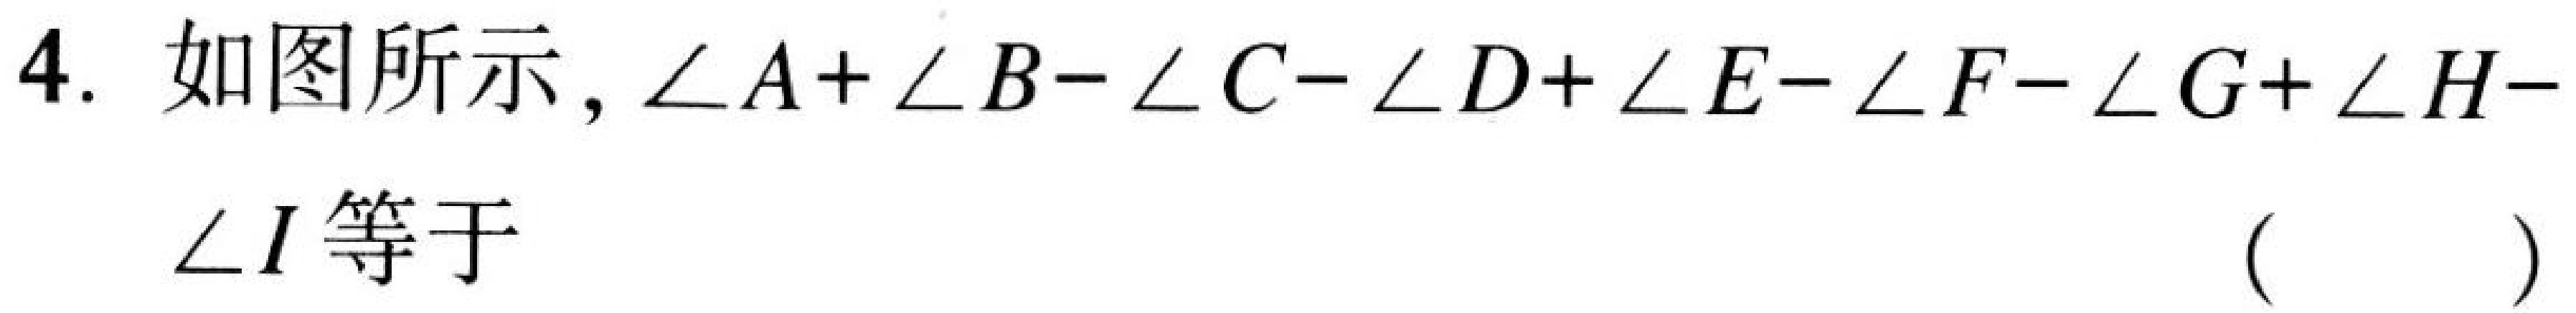
4. 如图所示, \(\angle A+\angle B - \angle C-\angle D+\angle E-\angle F-\angle G+\angle H - \angle I\)等于 （  ）